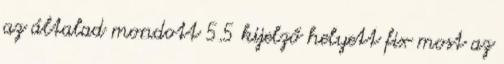
az általad mondott 5.5 kijelző helyett fix most az